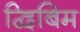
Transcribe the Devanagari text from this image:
द्विबिम